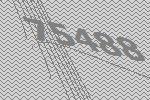
75488